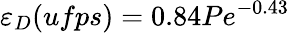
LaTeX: \varepsilon_{D}(ufps)=0.84Pe^{-0.43}